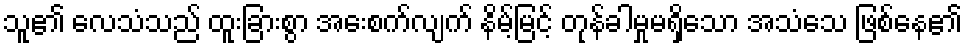
သူ၏ လေသံသည် ထူးခြားစွာ အေးစက်လျက် နိမ့်မြင့် တုန်ခါမှုမရှိသော အသံသေ ဖြစ်နေ၏